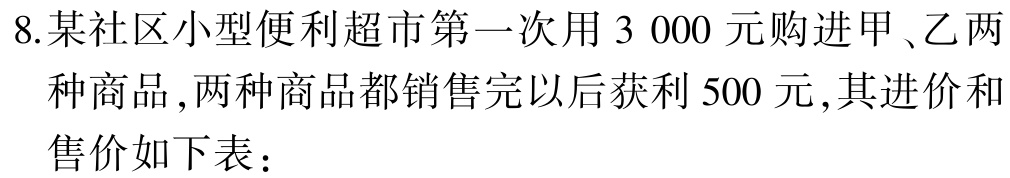
8.某社区小型便利超市第一次用$3\ 000$元购进甲、乙两种商品,两种商品都销售完以后获利$500$元,其进价和售价如下表：